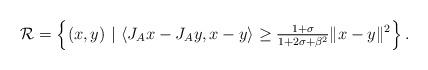
LaTeX: \begin{align*}\mathcal{R} = \left\{(x,y)~|~\langle J_Ax-J_Ay,x-y\rangle\geq\tfrac{1+\sigma}{1+2\sigma+\beta^2}\|x-y\|^2\right\}.\end{align*}